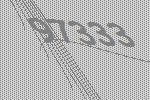
97333